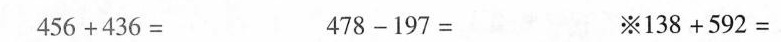
$$4 5 6 + 4 3 6 = $$ $$4 7 8 - 1 9 7 = $$※ 1 3 8 + 5 9 2 = $$